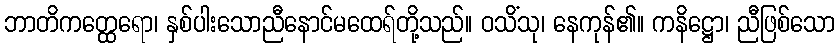
ဘာတိကတ္ထေရော၊ နှစ်ပါးသောညီနောင်မထေရ်တို့သည်။ ဝသိံသု၊ နေကုန်၏။ ကနိဋ္ဌော၊ ညီဖြစ်သော